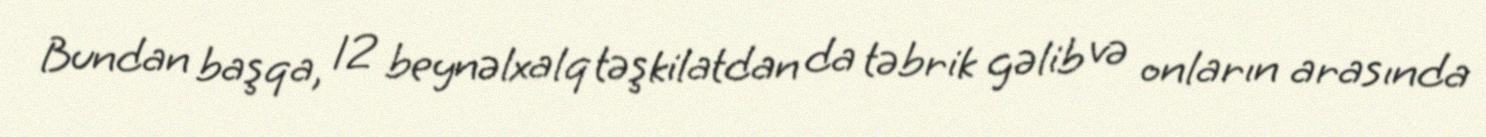
Bundan başqa, 12 beynəlxalq təşkilatdan da təbrik gəlib və onların arasında